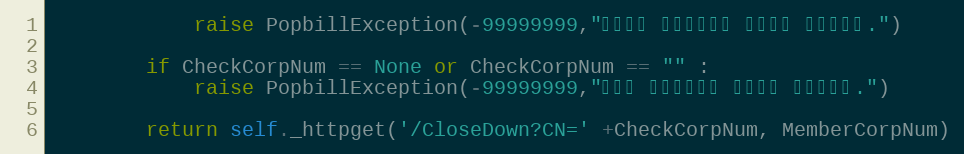
Language: Python
            raise PopbillException(-99999999,"팝빌회원 사업자번호가 입력되지 않았습니다.")

        if CheckCorpNum == None or CheckCorpNum == "" :
            raise PopbillException(-99999999,"조회할 사업자번호가 입력되지 않았습니다.")

        return self._httpget('/CloseDown?CN=' +CheckCorpNum, MemberCorpNum)